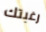
رغبتك